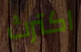
اكترث